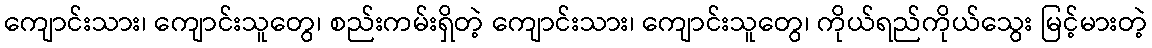
ကျောင်းသား၊ ကျောင်းသူတွေ၊ စည်းကမ်းရှိတဲ့ ကျောင်းသား၊ ကျောင်းသူတွေ၊ ကိုယ်ရည်ကိုယ်သွေး မြင့်မားတဲ့